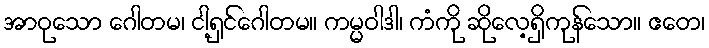
အာဝုသော ဂေါတမ၊ ငါ့ရှင်ဂေါတမ။ ကမ္မဝါဒါ၊ ကံကို ဆိုလေ့ရှိကုန်သော။ ဧတေ၊